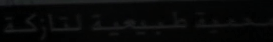
H\in\mathcal{U}\